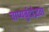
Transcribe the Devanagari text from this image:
चाप्यर्बुदोद्भवा